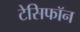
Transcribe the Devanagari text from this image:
टेसिफॉन